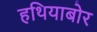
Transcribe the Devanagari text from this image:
हथियाबोर